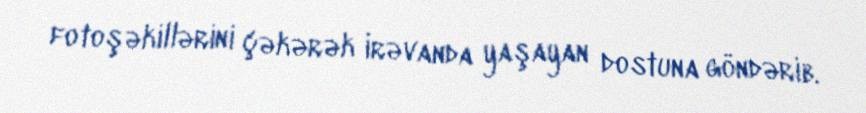
fotoşəkillərini çəkərək İrəvanda yaşayan dostuna göndərib.